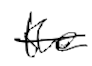
Text: the
Cross-out: single-line
Writing tool: digital_black